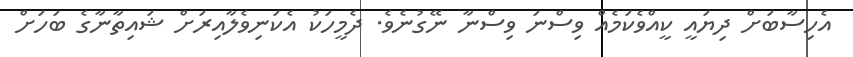
އެހިސާބަށް ދިޔައީ ކީއްވެކަމެއް ވިސްނަ ވިސްނާ ނޭގުނެވެ. ދެމީހަކު އެކަނިވެލާއިރަށް ޝައިތާނާގެ ބަހަށް